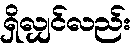
ရှိလျှင်လည်း